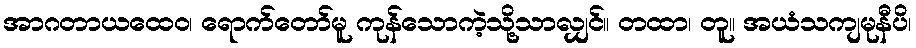
အာဂတာယထေဝ၊ ရောက်တော်မူ ကုန်သောကဲ့သို့သာလျှင်။ တထာ၊ တူ။ အယံသကျမုနီပိ၊